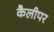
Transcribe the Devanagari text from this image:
कैलीपर